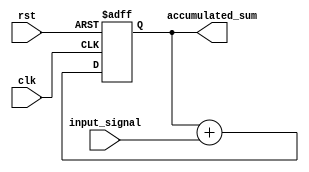
module accumulator(
  input wire clk,
  input wire rst,
  input wire [7:0] input_signal,
  output reg [31:0] accumulated_sum
);

reg [31:0] accumulator_reg;

always @(posedge clk or posedge rst) begin
  if(rst) begin
    accumulator_reg <= 32'b0;
  end else begin
    accumulator_reg <= accumulator_reg + input_signal;
  end
end

assign accumulated_sum = accumulator_reg;

endmodule